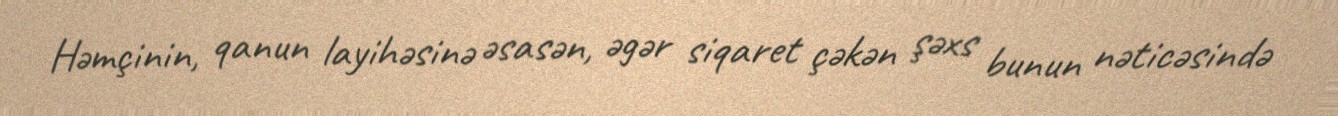
Həmçinin, qanun layihəsinə əsasən, əgər siqaret çəkən şəxs bunun nəticəsində